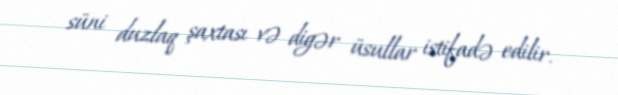
süni duzlaq şaxtası və digər üsullar istifadə edilir.